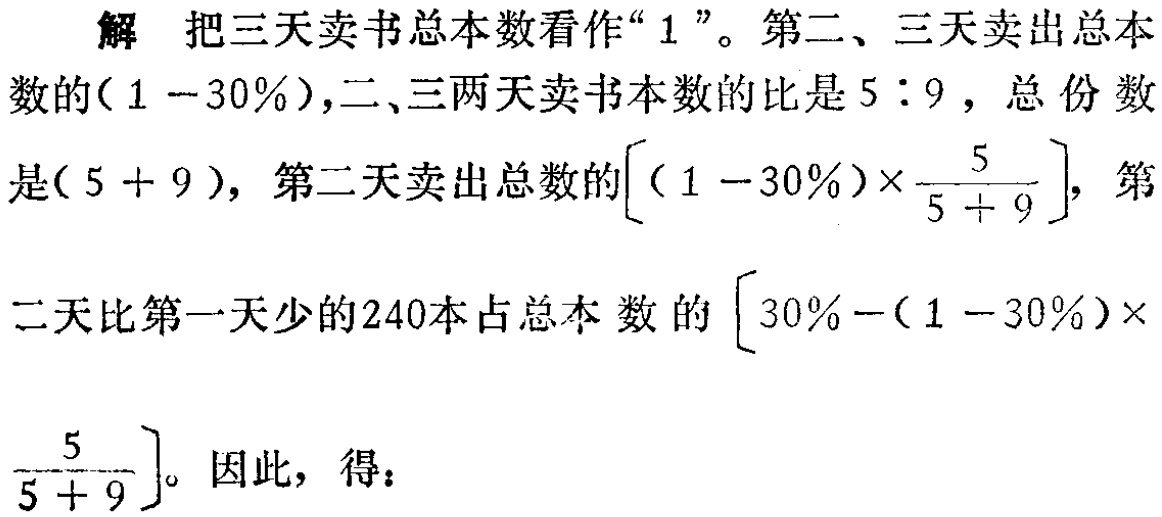
解 把三天卖书总本数看作“$1$”。第二、三天卖出总本数的$(1 - 30\%)$，二、三两天卖书本数的比是$5:9$，总份数是$(5 + 9)$，第二天卖出总数的$\left[(1 - 30\%)\times\frac{5}{5 + 9}\right]$，第二天比第一天少的$240$本占总本数的$\left[30\%-(1 - 30\%)\times\frac{5}{5 + 9}\right]$。因此，得：